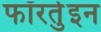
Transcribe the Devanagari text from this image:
फॉरर्तुइन